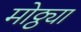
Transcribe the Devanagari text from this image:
मोठ्ठ्या